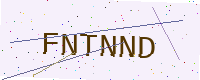
Text: FNTNND